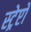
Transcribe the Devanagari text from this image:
स्ट्रेप्टो